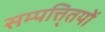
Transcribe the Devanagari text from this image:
सम्पत्ति्तयों